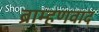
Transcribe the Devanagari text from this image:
ब्राम्हणवाद